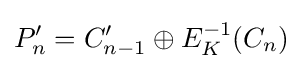
P_{n}'=C_{n-1}'\oplus E_{K}^{-1}(C_{n})